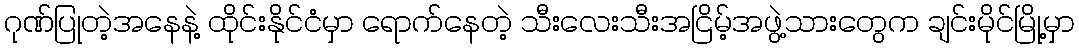
ဂုဏ်ပြုတဲ့အနေနဲ့ ထိုင်းနိုင်ငံမှာ ရောက်နေတဲ့ သီးလေးသီးအငြိမ့်အဖွဲ့သားတွေက ချင်းမိုင်မြို့မှာ